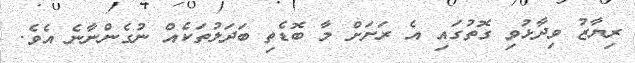
ރިޔާޒު ވިދާޅުވި ގޮތުގައި އެ ރަށަށް މާ ބޮޑެތި ބަދަލުތަކެއް ނުގެންނާނެ އެވެ.